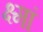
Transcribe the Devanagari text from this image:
क्ष्मां